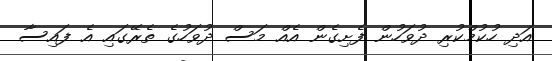
އަދި ހުކުމްކުރި ދުވަހުން ފެށިގެން އެއް މަސް ދުވަހުގެ ތެރޭގައި އެ ފައިސާ